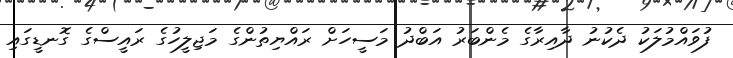
ފުވައްމުލަކު ދެކުނު ދާއިރާގެ މެންބަރު އަބްދު މަސީހަށް ރައްޔިތުންގެ މަޖިލީހުގެ ރައީސްގެ ގޮނޑީގައި